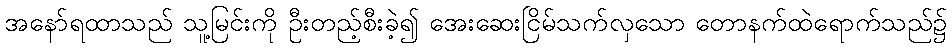
အနော်ရထာသည် သူ့မြင်းကို ဦးတည့်စီးခဲ့၍ အေးဆေးငြိမ်သက်လှသော တောနက်ထဲရောက်သည်၌